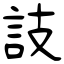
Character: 䚳